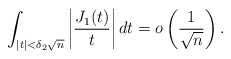
\begin{align*}\int_{|t| < \delta_2 \sqrt{n} } \left| \frac{ J_1(t) }{t} \right| dt= o \left( \frac{1}{\sqrt{n}} \right). \end{align*}